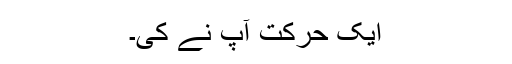
ایک حرکت آپ نے کی۔